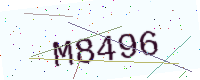
Text: M8496